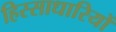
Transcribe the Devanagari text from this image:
हिस्साधारियों